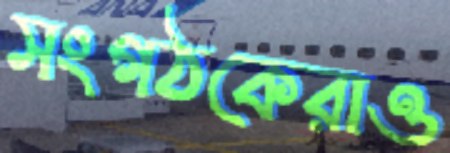
সংগঠকেরাও